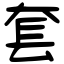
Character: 套